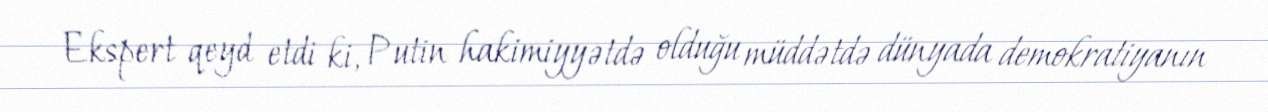
Ekspert qeyd etdi ki, Putin hakimiyyətdə olduğu müddətdə dünyada demokratiyanın